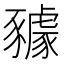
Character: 𧲋